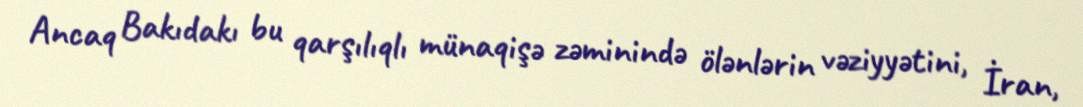
Ancaq Bakıdakı bu qarşılıqlı münaqişə zəminində ölənlərin vəziyyətini, İran,